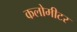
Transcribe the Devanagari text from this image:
कलोमीटर